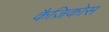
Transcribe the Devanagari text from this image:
कैज़िकोस